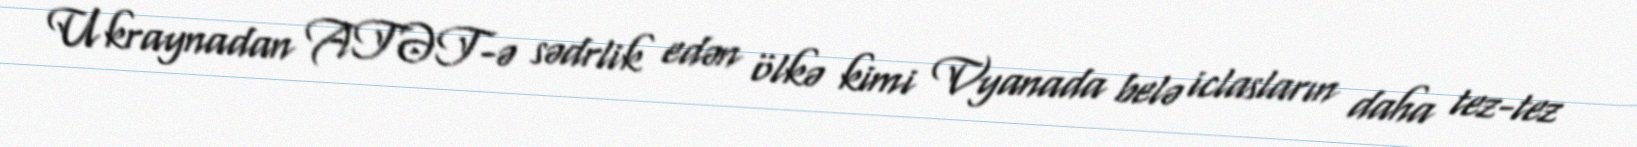
Ukraynadan ATƏT-ə sədrlik edən ölkə kimi Vyanada belə iclasların daha tez-tez